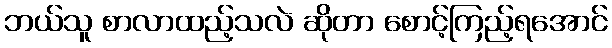
ဘယ်သူ စာလာထည့်သလဲ ဆိုတာ စောင့်ကြည့်ရအောင်